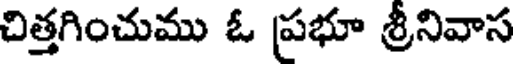
చిత్తగించుము ఓ ప్రభూ శ్రీనివాస